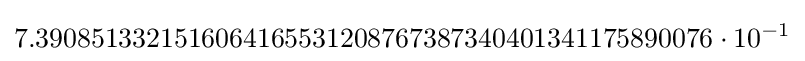
7.3908513321516064165531208767387340401341175890076\cdot 10^{-1}